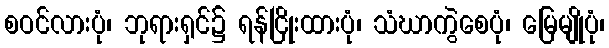
စဝင်လားပုံ၊ ဘုရားရှင်၌ ရန်ငြိုးထားပုံ၊ သံဃာကွဲစေပုံ၊ မြေမျိုပုံ၊